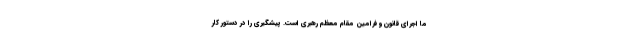
ما اجراى قانون و فرامین مقام معظم رهبرى است. پیشگیرى را در دستور کار